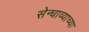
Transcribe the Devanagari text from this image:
सेन्धाव्याच्या